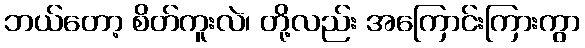
ဘယ်တော့ စိတ်ကူးလဲ၊ တို့လည်း အကြောင်းကြားကွာ